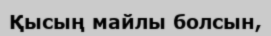
Қысың майлы болсын,